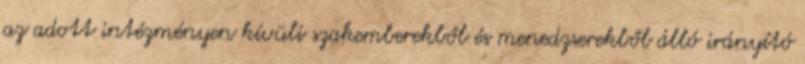
az adott intézményen kívüli szakemberekből és menedzserekből álló irányító